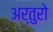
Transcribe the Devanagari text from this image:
अर्तुरो